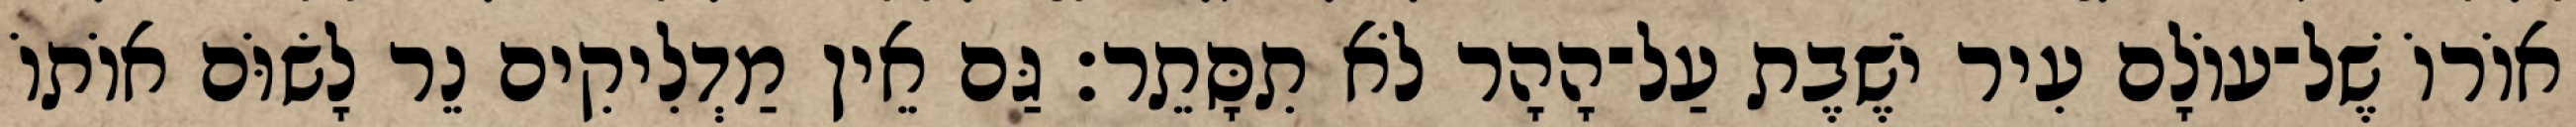
אוֹרוֹ שֶׁל־עוֹלָם עִיר יֹשֶׁבֶת עַל־הָהָר לֹא תִסָּתֵר׃ גַּם אֵין מַדְלִיקִים נֵר לָשׂוֹּם אוֹתוֹ